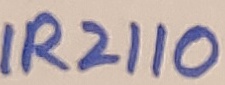
Text: IR2110